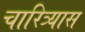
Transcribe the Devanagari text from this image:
चारित्र्यास